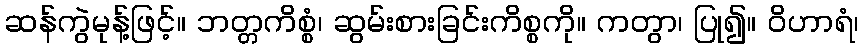
ဆန်ကွဲမုန့်ဖြင့်။ ဘတ္တကိစ္စံ၊ ဆွမ်းစားခြင်းကိစ္စကို။ ကတွာ၊ ပြု၍။ ဝိဟာရံ၊